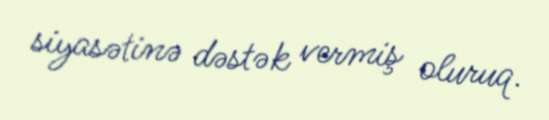
siyasətinə dəstək vermiş oluruq.